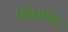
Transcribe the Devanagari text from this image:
लिखाणा